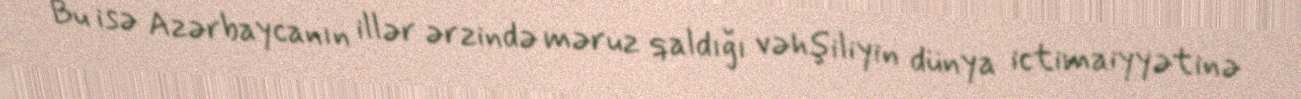
Bu isə Azərbaycanın illər ərzində məruz qaldığı vəhşiliyin dünya ictimaiyyətinə